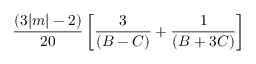
\frac { ( 3 | m | - 2 ) } { 2 0 } \left[ \frac { 3 } { ( B - C ) } + \frac { 1 } { ( B + 3 C ) } \right]